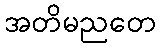
အတိမညတေ